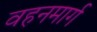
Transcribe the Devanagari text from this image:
वहनमार्ग